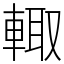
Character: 輙